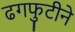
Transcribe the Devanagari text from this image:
ढगफुटीने